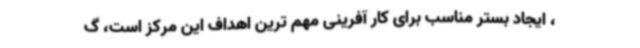
، ایجاد بستر مناسب برای کار آفرینی مهم ترین اهداف این مرکز است، گ